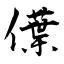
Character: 僷